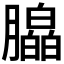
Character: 𬂗